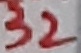
Text: 32